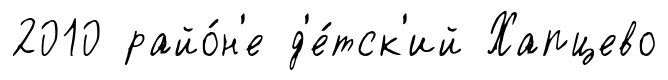
2010 райо́н'е д'е́тск'ий Хапцево